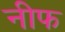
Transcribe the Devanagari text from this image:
नीफ